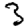
Digit: 3